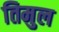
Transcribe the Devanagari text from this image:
तिमुल